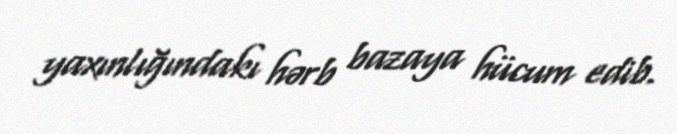
yaxınlığındakı hərb bazaya hücum edib.